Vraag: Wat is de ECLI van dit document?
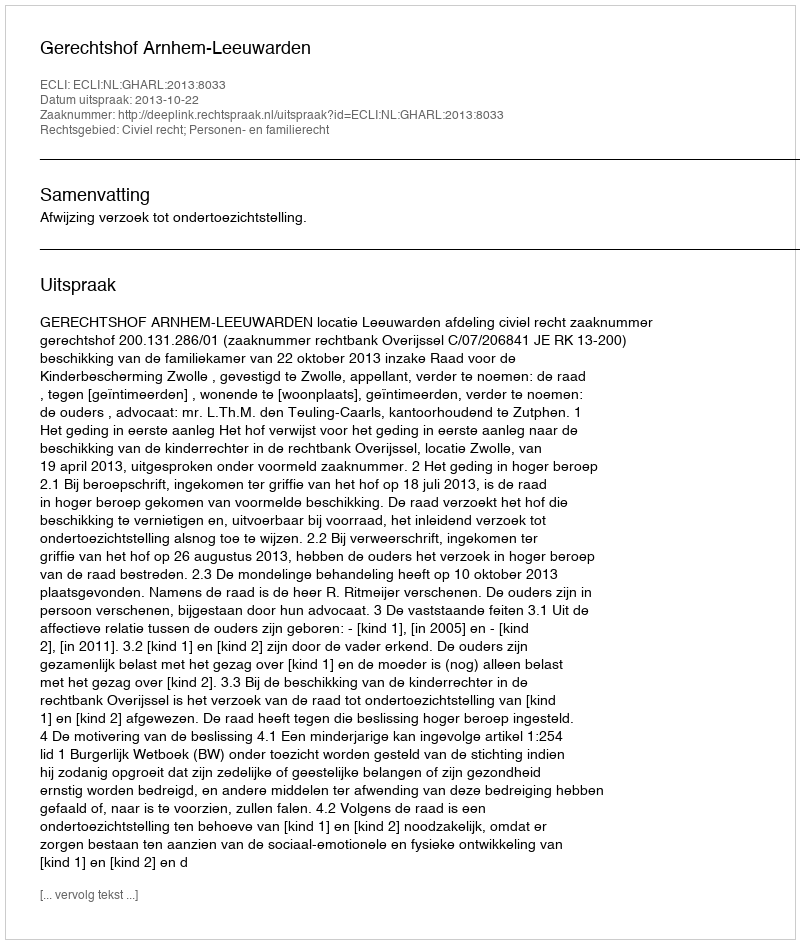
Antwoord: ECLI:NL:GHARL:2013:8033